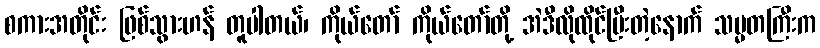
စကားအတိုင်း ဖြစ်သွားဟန် တူပါတယ်၊ ကိုယ်တော် ကိုယ်တော်တို့ အဲဒီလိုထိုင်ပြီးတဲ့နောက် သမ္မတကြီးက